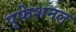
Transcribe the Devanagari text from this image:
पृफेशनल